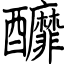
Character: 釄